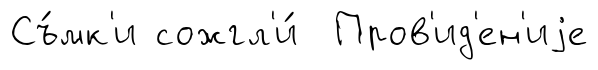
Съ́мк'и сожгл'и́ Пров'ид'ен'иjе